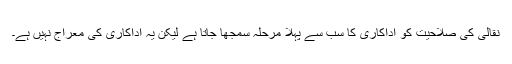
نقالی کی صلاحیت کو اداکاری کا سب سے پہلا مرحلہ سمجھا جاتا ہے لیکن یہ اداکاری کی معراج نہیں ہے۔